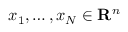
x _ { 1 } , \ldots , x _ { N } \in \mathbf { R } ^ { n }